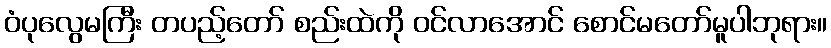
ဝံပုလွေမကြီး တပည့်တော် စည်းထဲကို ဝင်လာအောင် စောင်မတော်မူပါဘုရား။